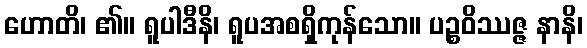
ဟောတိ၊ ၏။ ရူပါဒီနိ၊ ရူပအစရှိကုန်သော။ ပဉ္စဝိဿဇ္ဇ နာနိ၊